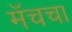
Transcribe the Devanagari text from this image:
मॅचचा